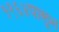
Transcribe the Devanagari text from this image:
१९६४पासून